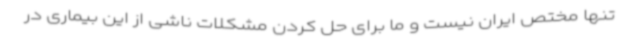
تنها مختص ایران نیست و ما برای حل کردن مشکلات ناشی از این بیماری در